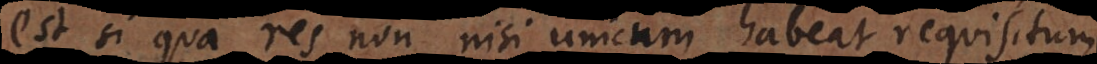
est si qua res non nisi unicum habeat requisitum